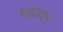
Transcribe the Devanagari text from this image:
भद्रांवर